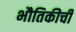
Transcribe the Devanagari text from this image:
भौतिकीची